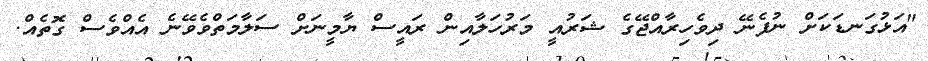
"އަޅުގަނޑަކަށް ނުފެނޭ ދިވެހިރާއްޖޭގެ ޝަރުއީ މަރުހަލާއިން ރައީސް ޔާމީނަށް ސަލާމަތްވެވޭނެ އެއްވެސް ގޮތެއް.